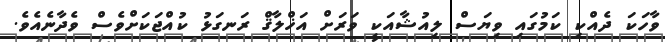
ވާހަކަ ދެއްކި ކަމުގައި ވިޔަސް ލިއުޝާއަކީ ވަރަށް އަޚްލާޤް ރަނގަޅު ކުއްޖަކަށްވެސް ވެދާނެއެވެ.